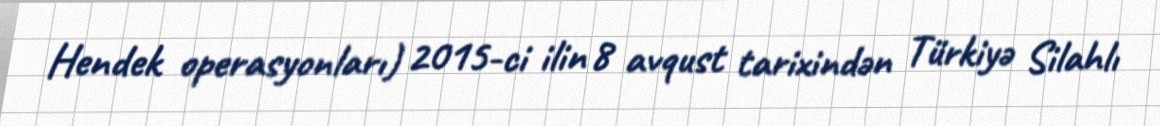
Hendek operasyonları) 2015-ci ilin 8 avqust tarixindən Türkiyə Silahlı